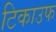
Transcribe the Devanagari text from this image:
टिकाउफ